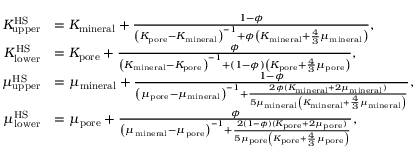
\begin{array} { r l } { K _ { \mathrm { u p p e r } } ^ { \mathrm { H S } } } & { = K _ { \mathrm { m i n e r a l } } + \frac { 1 - \phi } { \left( K _ { \mathrm { p o r e } } - K _ { \mathrm { m i n e r a l } } \right) ^ { - 1 } + \phi \left( K _ { \mathrm { m i n e r a l } } + \frac { 4 } { 3 } \mu _ { \mathrm { m i n e r a l } } \right) } , } \\ { K _ { \mathrm { l o w e r } } ^ { \mathrm { H S } } } & { = K _ { \mathrm { p o r e } } + \frac { \phi } { \left( K _ { \mathrm { m i n e r a l } } - K _ { \mathrm { p o r e } } \right) ^ { - 1 } + \left( 1 - \phi \right) \left( K _ { \mathrm { p o r e } } + \frac { 4 } { 3 } \mu _ { \mathrm { p o r e } } \right) } , } \\ { \mu _ { \mathrm { u p p e r } } ^ { \mathrm { H S } } } & { = \mu _ { \mathrm { m i n e r a l } } + \frac { 1 - \phi } { \left( \mu _ { \mathrm { p o r e } } - \mu _ { \mathrm { m i n e r a l } } \right) ^ { - 1 } + \frac { 2 \phi ( K _ { \mathrm { m i n e r a l } } + 2 \mu _ { \mathrm { m i n e r a l } } ) } { 5 \mu _ { \mathrm { m i n e r a l } } \left( K _ { \mathrm { m i n e r a l } } + \frac { 4 } { 3 } \mu _ { \mathrm { m i n e r a l } } \right) } } , } \\ { \mu _ { \mathrm { l o w e r } } ^ { \mathrm { H S } } } & { = \mu _ { \mathrm { p o r e } } + \frac { \phi } { \left( \mu _ { \mathrm { m i n e r a l } } - \mu _ { \mathrm { p o r e } } \right) ^ { - 1 } + \frac { 2 ( 1 - \phi ) ( K _ { \mathrm { p o r e } } + 2 \mu _ { \mathrm { p o r e } } ) } { 5 \mu _ { \mathrm { p o r e } } \left( K _ { \mathrm { p o r e } } + \frac { 4 } { 3 } \mu _ { \mathrm { p o r e } } \right) } } , } \end{array}